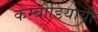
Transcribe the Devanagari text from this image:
कम्बोडियायी